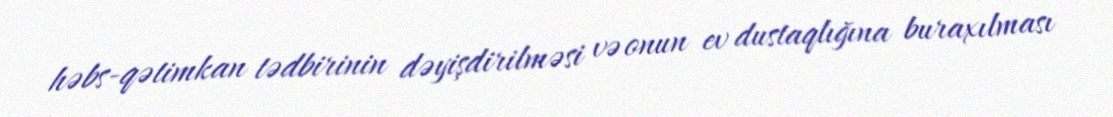
həbs-qətimkan tədbirinin dəyişdirilməsi və onun ev dustaqlığına buraxılması